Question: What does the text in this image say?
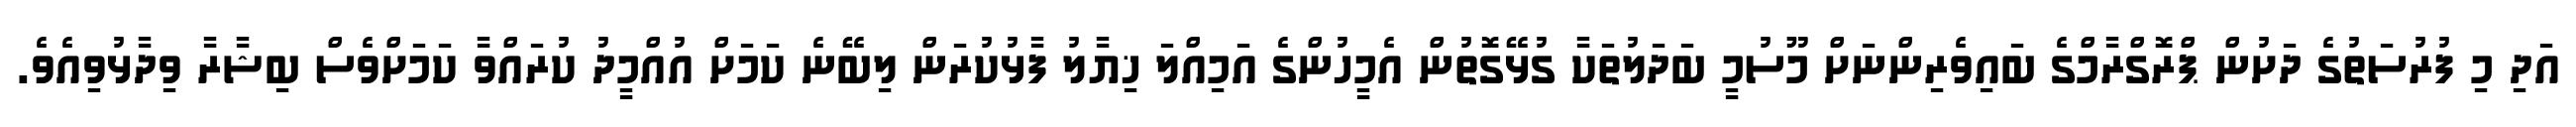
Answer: އަދި މި ފުރުސަތުގެ ދަށުން ޕްރޮގްރާމްގެ ބައިވެރިންނަށް މޫސުމީ ބަދަލުތަކާ ގުޅޭގޮތުން އެމީހުންގެ އަމިއްލަ ޚިޔާލު ފާޅުކުރަން ލިބޭނެ ކަމަށް އުއްމީދު ކުރައްވާ ކަމަށްވެސް ބިޝާރާ ވިދާޅުވިއެވެ.